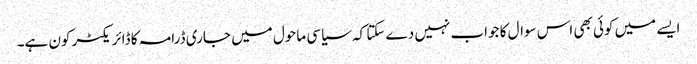
ایسے میں کوئی بھی اس سوال کا جواب نہیں دے سکتا کہ سیاسی ماحول میں جاری ڈرامہ کا ڈائریکٹر کون ہے۔